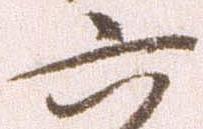
六